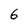
Character: 6